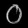
Digit: ၀